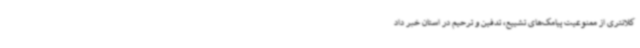
کلانتری از ممنوعیت پیامک‌های تشییع، تدفین و ترحیم در استان خبر داد